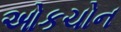
ઓકચોન